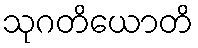
သုဂတိယောတိ